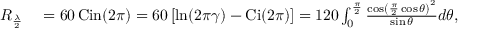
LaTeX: { \begin{array} { r l } { R _ { \frac { \lambda } { 2 } } } & { { } = 6 0 \operatorname { C i n } ( 2 \pi ) = 6 0 \left[ \ln ( 2 \pi \gamma ) - \operatorname { C i } ( 2 \pi ) \right] = 1 2 0 \int _ { 0 } ^ { \frac { \pi } { 2 } } { \frac { \cos \left( { \frac { \pi } { 2 } } \cos \theta \right) ^ { 2 } } { \sin \theta } } d \theta , } \end{array} } \,